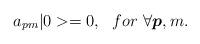
LaTeX: \begin{align*}a_{pm} |0> = 0 , \ \ for \ \forall \mbox{\boldmath $p$} , m .\end{align*}